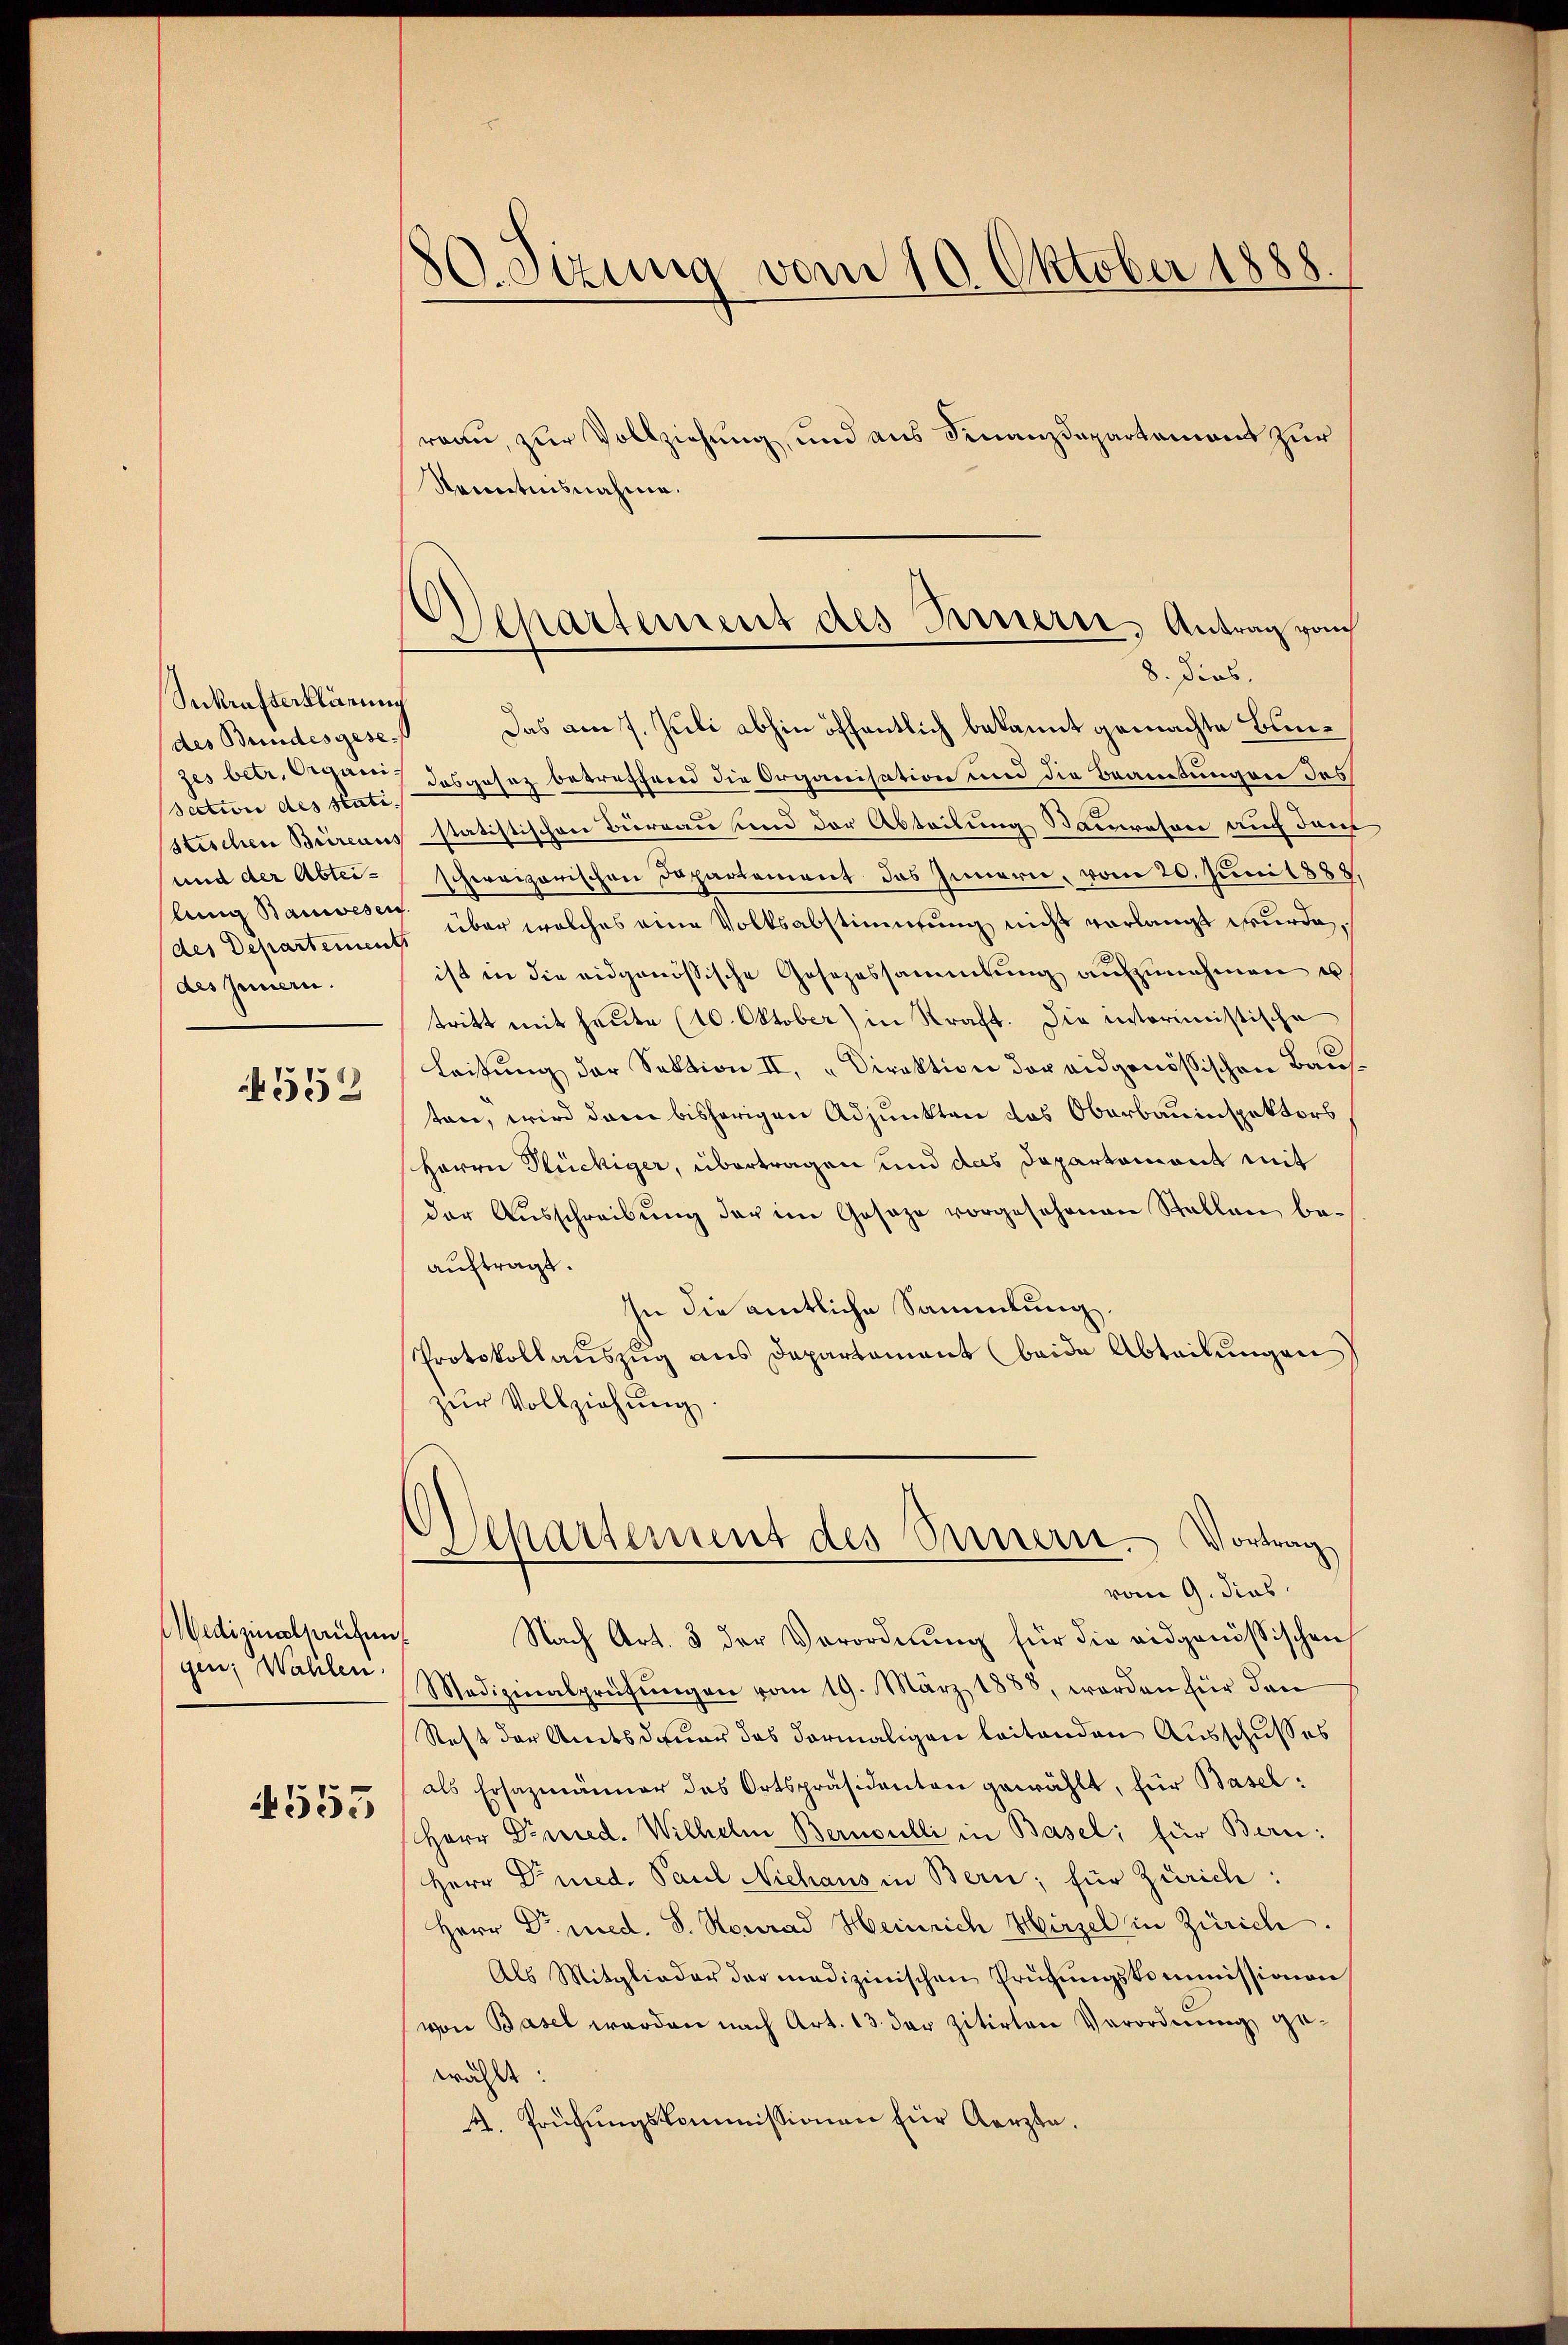
Sekrafterklärung
des Bundesgesezes betr. Organi¬
Section des Stati.
und der Abtei-
(des Departement
des Jennern.

N 552

edizinalaufen
gen; Wahlen.

553

80. Sizung vom 10. Oktober 1888.

Departement des Innerer Antrag vom
8. Dies.

reau, zur Vollziehung, und aus Finanzdepartement zur
Sanntnisnahme.
Das am 7. Juli abhin öffentlich bekannt gemachte Bundas gesaz betreffend die Organisation und die Brautungen des
stischen Brireausstatistischen Büreau und der Abteilung Bamreson auch dem
schweizerischen Departement das Innern, vom 20. Juni 1888,
lung Bauweser über welches eine Volksabstimmung nicht vorlangt wurde,
ist in die eidgenössische Gesezessammlung aufzunehmen u.
tritt mit heute (10. Oktober) in Straft. Die interimistische
Leitung der Sektion II, „Direktion der eidgenössischen Bauten, wird dann bisherigen Adjunkten das Oberbauinspektors
Herrn Flückiger, übertragen und das Departement mit
der Aŭsschreibŭng der im Geseze vorgesehenen Stallen be-
auftragt.
In die amtliche Sammlung
Protokollaŭszŭg ans Departament (beide Abteilŭngen
zur Vollziehung
Separtement des Innern. Vortrag
vom 9. dies
Nach Art. 3 der Verordnung für die eidgenössischen
Medizinalprüfŭngen vom 19. März 1888, worden für den
Rest der Amtsdauer das vormaligen leitenden Ausschußes
als Ersazmänner das Ortspräsidenten gewählt, für Basel¬
Herr Dreied. Wilhelm Bernoulli in Basel; für Bern:
Herr Dr med. Paul Niehaus in Bern; für Zürich:
Herr Dr. med. S. Konrad Heinrich Hirzel in Zürich.
Als Mitglieder der medizinischen Prüfŭngskommissionen
von Basel werden nach Art. 13. der zitirten Verordnung gewählt:
4. Prüfungskommissionen für Aerzte.